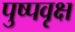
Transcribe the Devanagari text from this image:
पुष्पवृक्ष